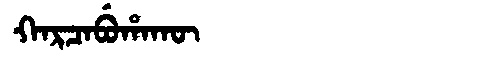
Manchu: ᡴᠠᡵᠴᠠᠪᡠᡥᠠᡴᡡ
Romanization: KARCABUHAKŪ